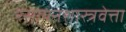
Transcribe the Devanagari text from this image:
रसायनशास्त्रवेत्ता